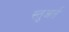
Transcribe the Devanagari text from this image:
स्तुअर्त